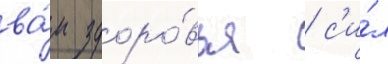
ва́м здоро́вья / с'и́л